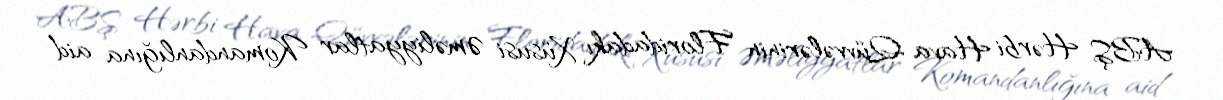
ABŞ Hərbi Hava Qüvvələrinin Floridadakı Xüsusi Əməliyyatlar Komandanlığına aid